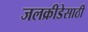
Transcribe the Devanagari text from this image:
जलक्रीडेसाठी